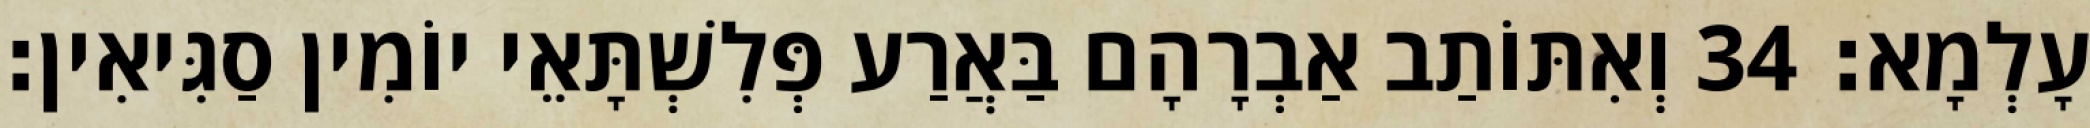
עָלְמָא׃ 34 וְאִתּוֹתַב אַבְרָהָם בַּאֲרַע פְּלִשְׁתָּאֵי יוֹמִין סַגִּיאִין׃